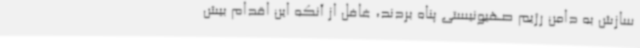
سازش به دامن رژیم صهیونیستی پناه بردند، غافل از آنکه این اقدام بیش